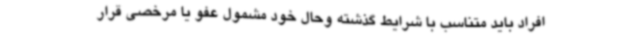
افراد باید متناسب با شرایط گذشته وحال خود مشمول عفو یا مرخصی قرار